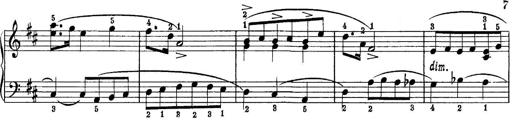
Title: Piano Sonatina No.1 in C major
Composer: Tadeusz Joteyko
Key: C major